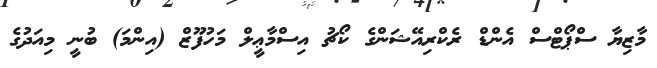
މާޒިޔާ ސްޕޯޓްސް އެންޑް ރެކްރިއޭޝަންގެ ކޯޗު އިސްމާޢީލް މަހުފޫޒް (އިންމަ) ބުނީ މިއަދުގެ